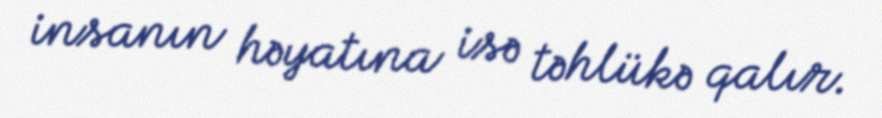
insanın həyatına isə təhlükə qalır.